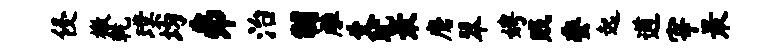
侵檄乾璞均井治黼雕爻耽最磨翠娉贱委起遒宰最